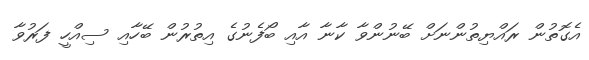
އެގޮތުން ރައްޔިތުންނަށް ބޭނުންވާ ކާނާ އާއި ބޯފެނުގެ އިތުރުން ބޭހާއި ސިއްހީ ފަރުވާ